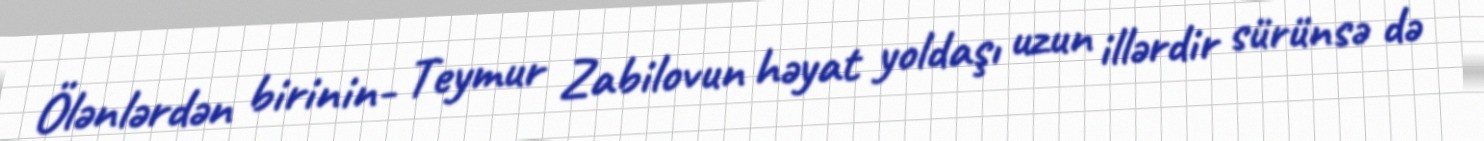
Ölənlərdən birinin- Teymur Zabilovun həyat yoldaşı uzun illərdir sürünsə də